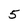
Character: 5